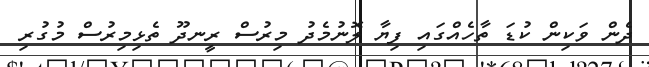
ދެން ވަކިން ކުޑަ ތާހެއްގައި ފިޔާ ލޮނުމެދު މިރުސް ރީނދޫ ތެޅިމިރުސް މުގުރި